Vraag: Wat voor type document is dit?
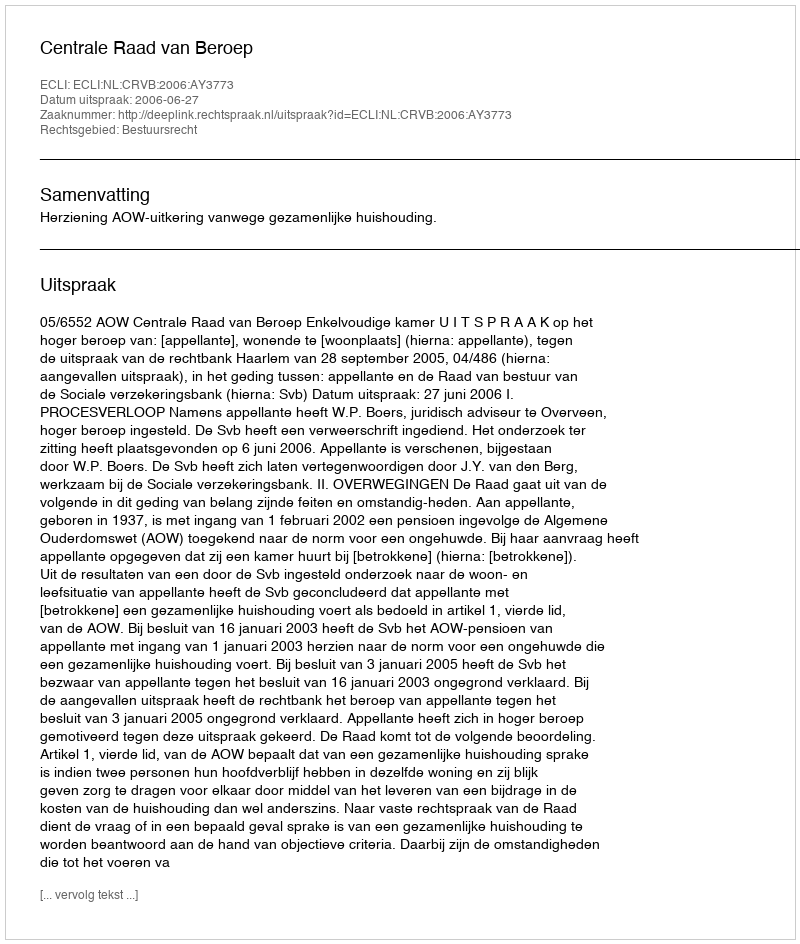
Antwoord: Uitspraak